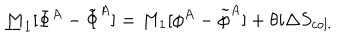
LaTeX: { \underline { { M } } } _ { 1 } [ \Phi ^ { A } - \tilde { \Phi } ^ { A } ] = M _ { 1 } [ \phi ^ { A } - \tilde { \phi } ^ { A } ] + \theta i \Delta S _ { c o l . }